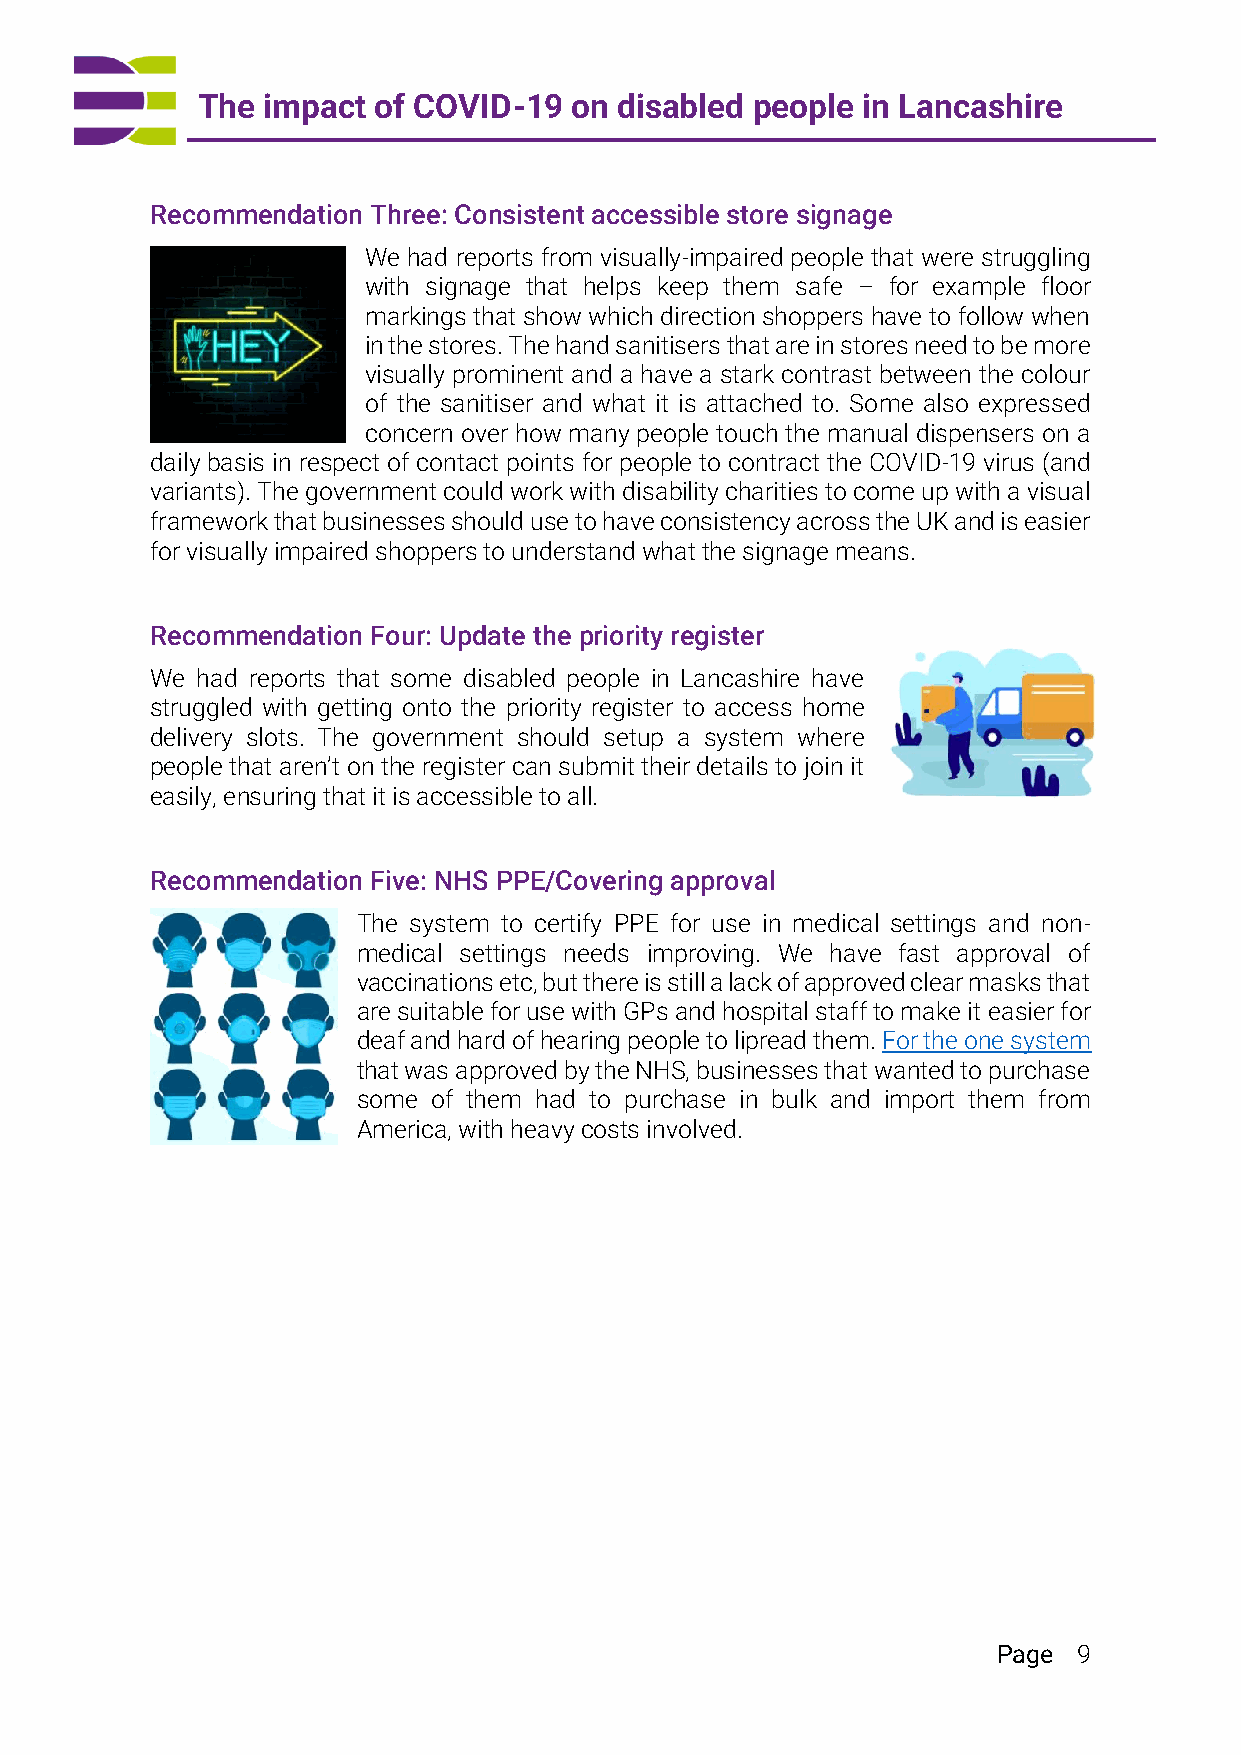
The impact  of COVID-19  on disabled people in Lancashire
 Recommendation Three: Consistent accessible store signage
 We had reports from visually-impaired people that were struggling
 with signage that helps keep them safe – for example floor
 markings that show which direction shoppers have to follow when
 in the stores. The hand sanitisers that are in stores need to be more
 visually prominent and a have a stark contrast between the colour
 of the sanitiser and what it is attached to. Some also expressed
 concern over how many people touch the manual dispensers on a
 daily basis in respect of contact points for people to contract the COVID-19 virus (and
 variants). The government could work with disability charities to come up with a visual
 framework that businesses should use to have consistency across the UK and is easier
 for visually impaired shoppers to understand what the signage means.
 Recommendation Four: Update the priority register
 We had reports that some disabled people in Lancashire have
 struggled with getting onto the priority register to access home
 delivery slots. The government should setup a system where
 people that aren’t on the register can submit their details to join it
 easily, ensuring that it is accessible to all.
 Recommendation Five: NHS PPE/Covering approval
 The system to certify PPE for use in medical settings and non-
 medical settings needs improving. We have fast approval of
 vaccinations etc, but there is still a lack of approved clear masks that
 are suitable for use with GPs and hospital staff to make it easier for
 deaf and hard of hearing people to lipread them. For the one system
 that was approved by the NHS, businesses that wanted to purchase
 some of them had to purchase in bulk and import them from
 America, with heavy costs involved.
 Page 9